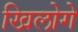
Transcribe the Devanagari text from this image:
खिलोगे